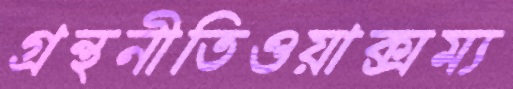
গ্রন্থনীতিওয়াক্সম্য